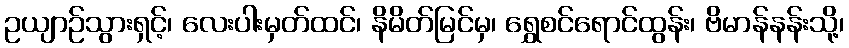
ဥယျာဉ်သွားရှင့်၊ လေးပါးမှတ်ထင်၊ နိမိတ်မြင်မှ၊ ရွှေစင်ရောင်ထွန်း၊ ဗိမာန်နန်းသို့၊